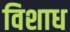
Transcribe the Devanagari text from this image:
विशाध